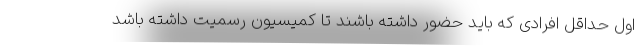
اول حداقل افرادی که باید حضور داشته باشند تا کمیسیون رسمیت داشته باشد